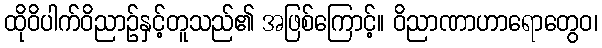
ထိုဝိပါက်ဝိညာဉ်နှင့်တူသည်၏ အဖြစ်ကြောင့်။ ဝိညာဏာဟာရောတွေဝ၊